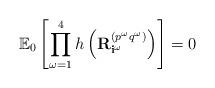
LaTeX: \begin{align*}\mathbb{E}_0 \left[ \prod_{\omega = 1}^4 h\left({\bf R}^{(p^\omega q^\omega)}_{{\bf i}^\omega}\right) \right] = 0\end{align*}